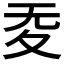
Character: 𡕠